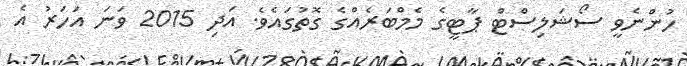
ހުންނެވީ ސޯޝަލިސްޓް ޕާޓީގެ މެމްބަރެއްގެ ގޮތުގައެވެ. އަދި 2015 ވަނަ އަހަރު އެ